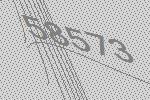
58573